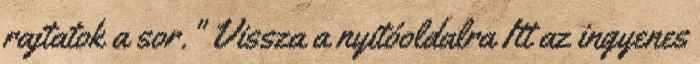
rajtatok a sor." Vissza a nyitóoldalra Itt az ingyenes